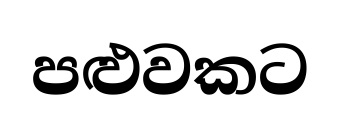
පළුවකට